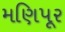
મણિપૂર